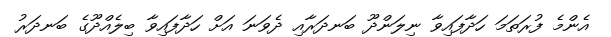
އެންމެ ފުރަތަމަ ހަދާފައިވާ ނިލަންދޫ ބަނދަރާއި ދެވަނަ އަށް ހަދާފައިވާ ބިލެއްދޫގެ ބަނދަރު